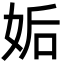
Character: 姤